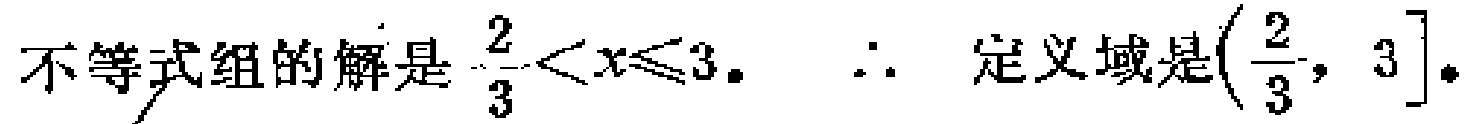
不等式组的解是\(\frac{2}{3}<x\leqslant3\)。\(\therefore\) 定义域是\((\frac{2}{3}, 3]\)。